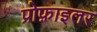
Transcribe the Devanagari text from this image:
प्रोफ़ाइलर